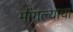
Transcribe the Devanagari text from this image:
मांगल्याचा